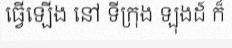
ធ្វើឡើង នៅ ទីក្រុង ឡុងដ៍ ក៏